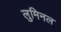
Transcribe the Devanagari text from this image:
लुमिनल